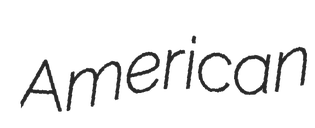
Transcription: American